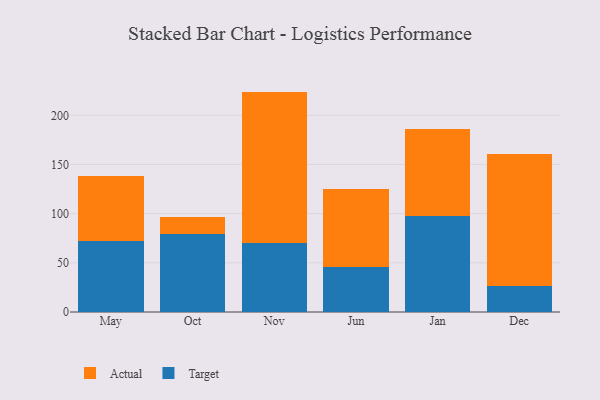
{"axis": {"x": "Month", "y": "Churn Rate (%)"}, "legend": ["Actual", "Target"], "data": [{"x": "May", "y": 71.7, "type": "Target"}, {"x": "May", "y": 66.7, "type": "Actual"}, {"x": "Oct", "y": 79.1, "type": "Target"}, {"x": "Oct", "y": 17.3, "type": "Actual"}, {"x": "Nov", "y": 70.4, "type": "Target"}, {"x": "Nov", "y": 153.7, "type": "Actual"}, {"x": "Jun", "y": 46.0, "type": "Target"}, {"x": "Jun", "y": 79.5, "type": "Actual"}, {"x": "Jan", "y": 97.4, "type": "Target"}, {"x": "Jan", "y": 88.8, "type": "Actual"}, {"x": "Dec", "y": 26.6, "type": "Target"}, {"x": "Dec", "y": 133.8, "type": "Actual"}]}